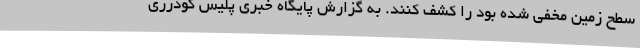
سطح زمین مخفی شده بود را کشف کنند. به گزارش پایگاه خبری پلیس گودرزی